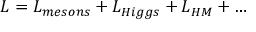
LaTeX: { \cal L } = { \cal L } _ { m e s o n s } + { \cal L } _ { H i g g s } + { \cal L } _ { H M } + \ldots